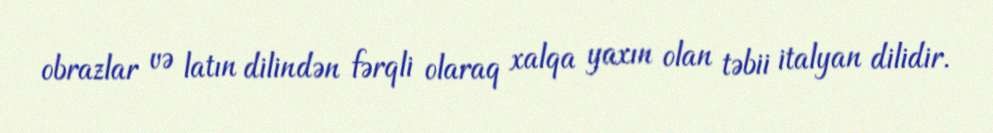
obrazlar və latın dilindən fərqli olaraq xalqa yaxın olan təbii italyan dilidir.